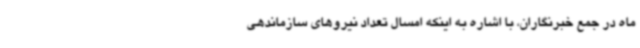
ماه در جمع خبرنگاران، با اشاره به اینکه امسال تعداد نیروهای سازماندهی